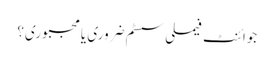
جوائنٹ فیملی سسٹم ضروری یا مجبوری؟